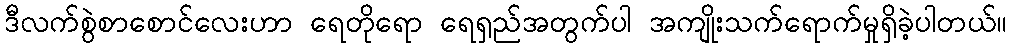
ဒီလက်စွဲစာစောင်လေးဟာ ရေတိုရော ရေရှည်အတွက်ပါ အကျိုးသက်ရောက်မှုရှိခဲ့ပါတယ်။